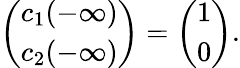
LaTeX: \left(\begin{array}{l}{c_{1}(-\infty)}\\ {c_{2}(-\infty)}\end{array}\right)=\left(\begin{array}{l}{1}\\ {0}\end{array}\right).